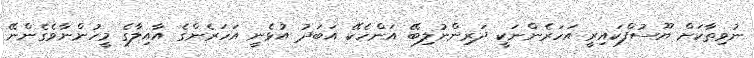
ނުވިތާކަށް ޔޫސުފްކައިރީ އަހަރެންނަކީ ދަރިންނުލިބޭ އަންހެކޭ އަބަދު އުޅެނީ އަހަރެންގެ އާއިލާގެ މީހުންނާވެގެންނޭ